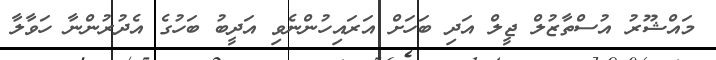
މައްޝޫރު އުސްތާޒުލް ޖީލް އަދި ބަހަށް އަރައިހުންނެވި އަދީބު ބަހުގެ އެދުރުންނާ ހަވާލާ